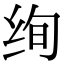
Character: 绚